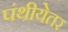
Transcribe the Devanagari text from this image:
पंथीयेतर